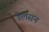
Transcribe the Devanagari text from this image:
डेलसन